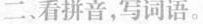
二、看拼音，写词语。